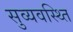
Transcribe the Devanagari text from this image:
सुव्यवस्थ्ति